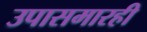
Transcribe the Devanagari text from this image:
उपासमारही